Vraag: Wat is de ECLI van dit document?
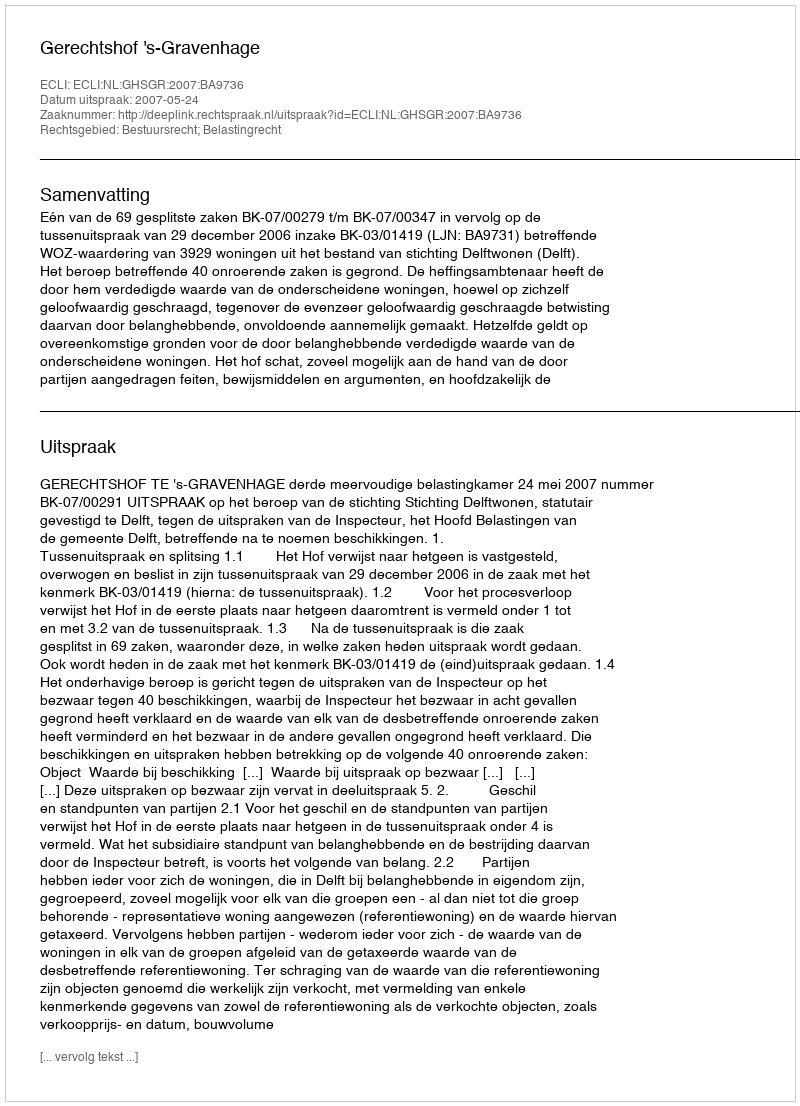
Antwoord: ECLI:NL:GHSGR:2007:BA9736